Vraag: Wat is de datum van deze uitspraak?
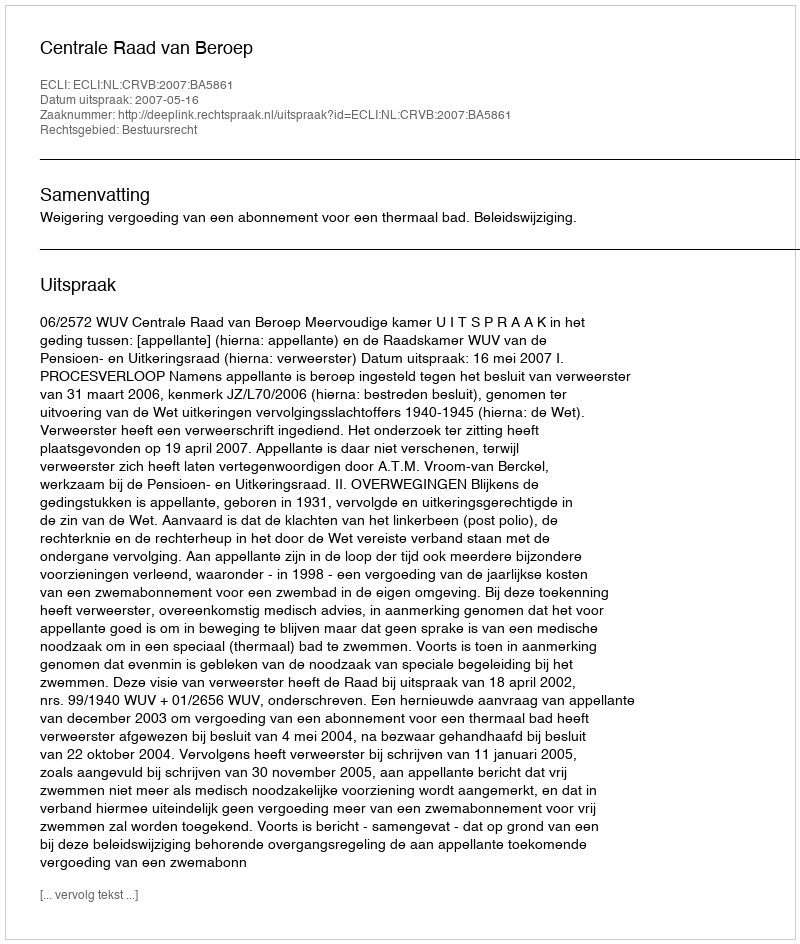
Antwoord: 2007-05-16